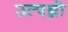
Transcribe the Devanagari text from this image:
उत्पन्नो